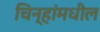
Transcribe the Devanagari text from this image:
चिन्हांमधील